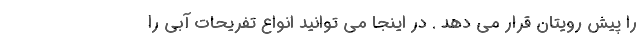
را پیش رویتان قرار می دهد . در اینجا می توانید انواع تفریحات آبی را